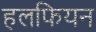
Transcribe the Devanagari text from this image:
हलफियन